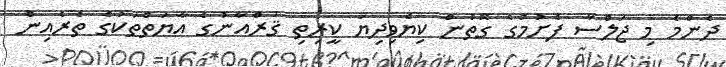
ދެންމެ މި ޖަލްސާ ފެށުމުގެ ގޮތުން ކިޔެވިދިޔަ ކީރިތި ޤުރްއާނުގެ އާޔަތްތަކުގެ ތެރެއިން